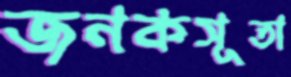
জনকসূতা